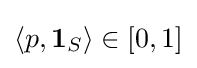
\langle p,\mathbf {1} _{S}\rangle \in [0,1]